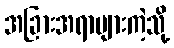
အခြားအရာများကဲ့သို့